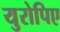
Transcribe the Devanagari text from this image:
युरोपिए